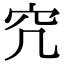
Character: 𥤤